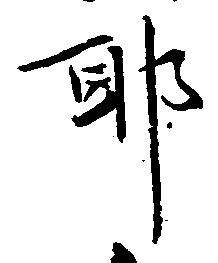
耶